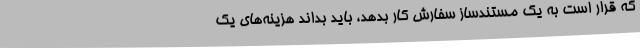
که قرار است به یک مستندساز سفارش کار بدهد، باید بداند هزینه‌های یک